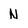
Character: N